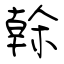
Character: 榦